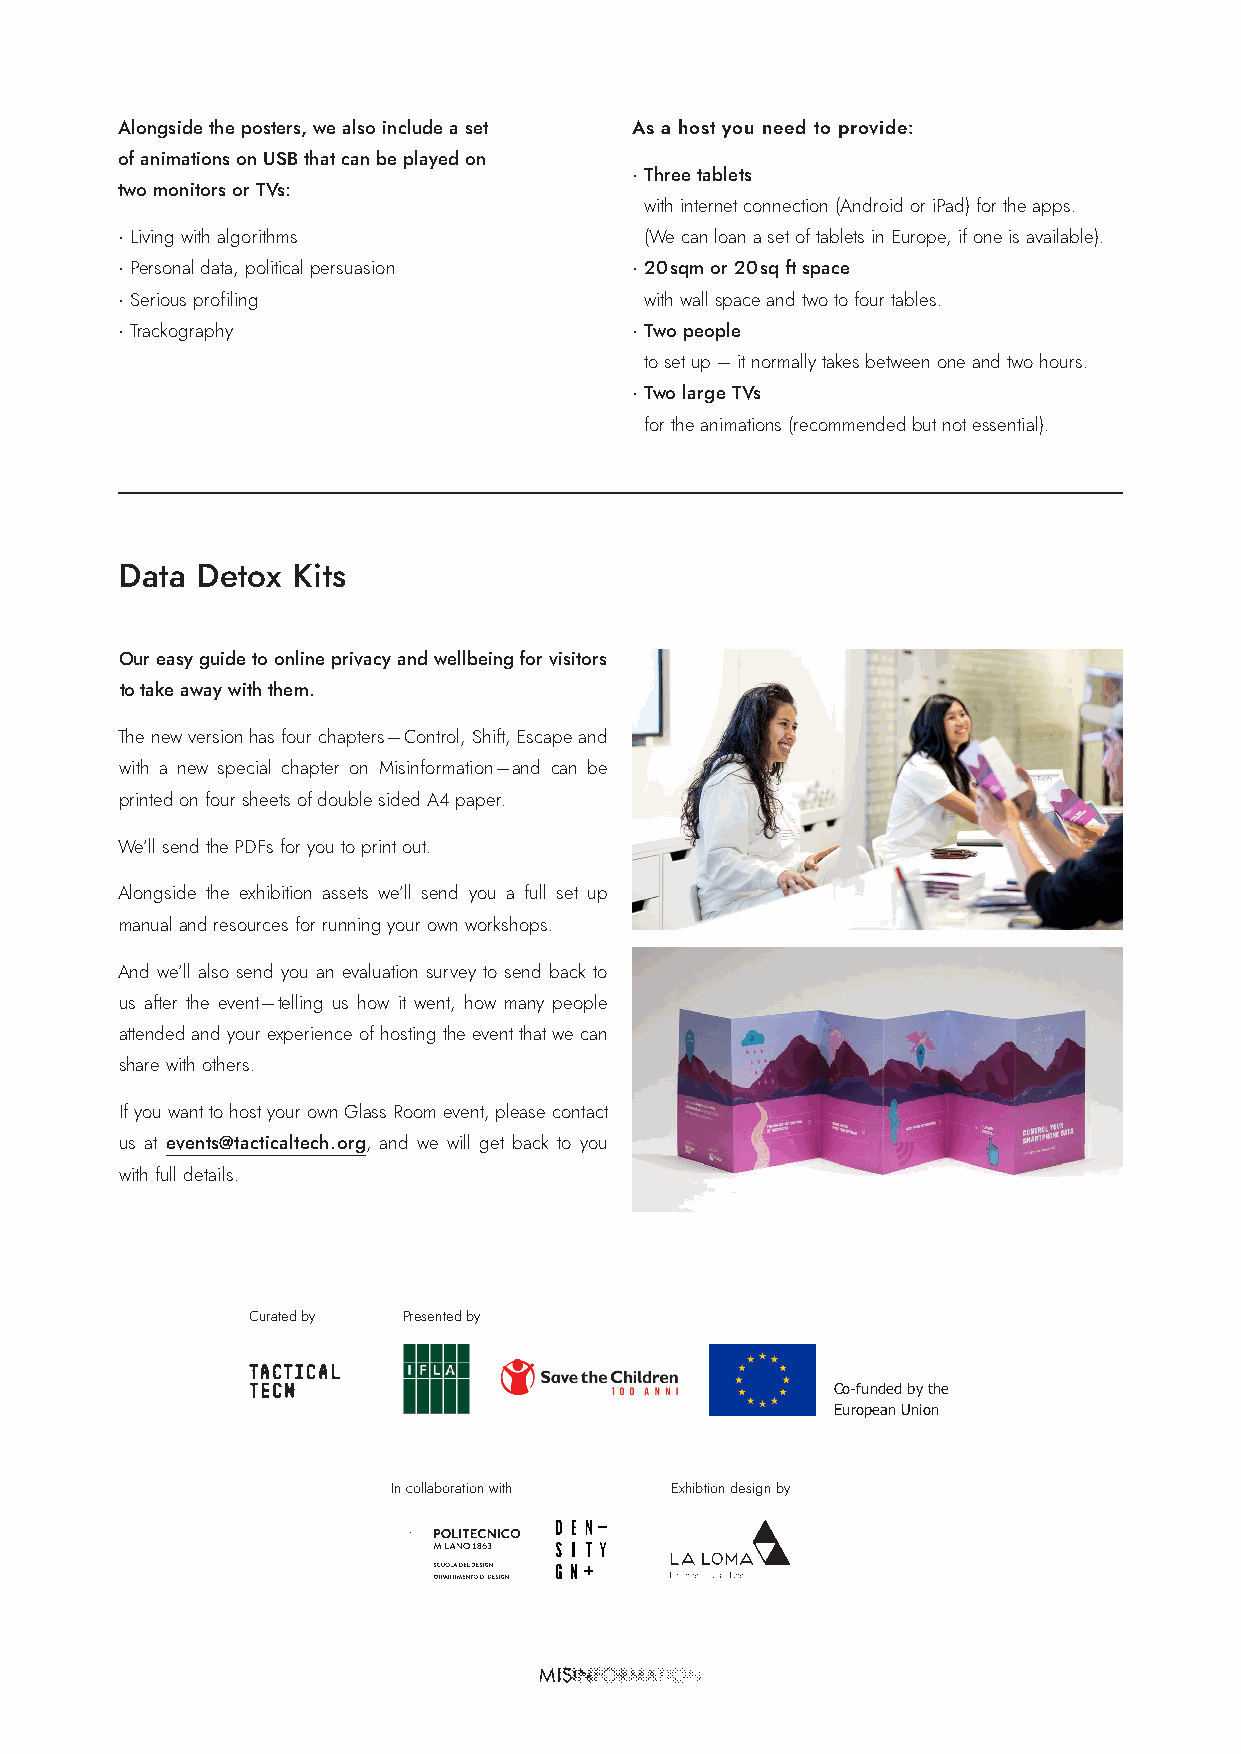
Alongside the posters, we also include a set As a host you need to provide:
 of animations on USB that can be played on
 •Three tablets
 two monitors or TVs:
 with internet connection (Android or iPad) for the apps.
 •Living with algorithms            (We can loan a set of tablets in Europe, if one is available).
 •Personal data, political persuasion •20 sqm or 20 sq ft space
 •Serious profiling                 with wall space and two to four tables.
 •Trackography                     •Two people
 to set up – it normally takes between one and two hours.
 •Two large TVs
 for the animations (recommended but not essential).
 Data Detox Kits
 Our easy guide to online privacy and wellbeing for visitors
 to take away with them.
 The new version has four chapters – Control, Shift, Escape and
 with a new special chapter on Misinformation – and can be
 printed on four sheets of double sided A4 paper.
 We’ll send the PDFs for you to print out.
 Alongside the exhibition assets we’ll send you a full set up
 manual and resources for running your own workshops.
 And we’ll also send you an evaluation survey to send back to
 us after the event – telling us how it went, how many people
 attended and your experience of hosting the event that we can
 share with others.
 If you want to host your own Glass Room event, please contact
 us at events@tacticaltech.org, and we will get back to you
 with full details.
 Curated by Presented by
 Co-funded by the
 European Union
 In collaboration with Exhibtion design by